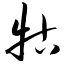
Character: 牯